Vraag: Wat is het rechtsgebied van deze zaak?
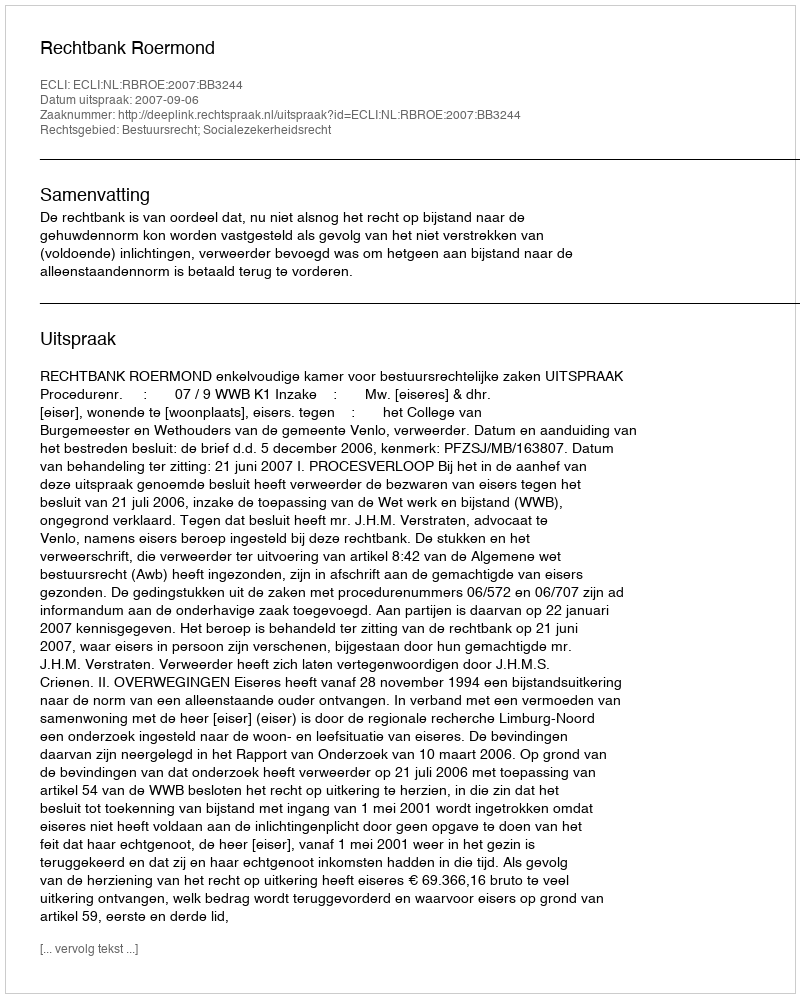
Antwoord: Bestuursrecht; Socialezekerheidsrecht